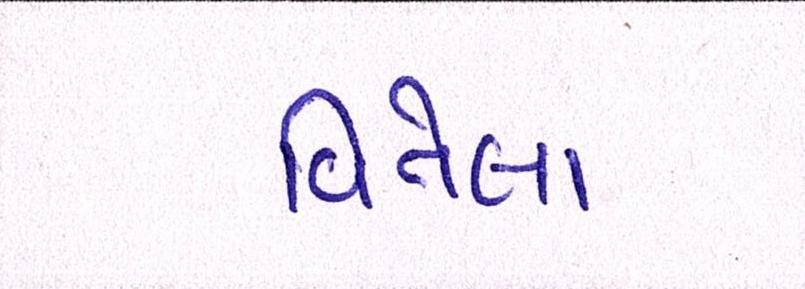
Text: વિતેલા